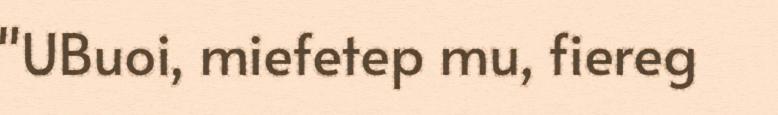
"UBuoi, miefetep mu, fiereg